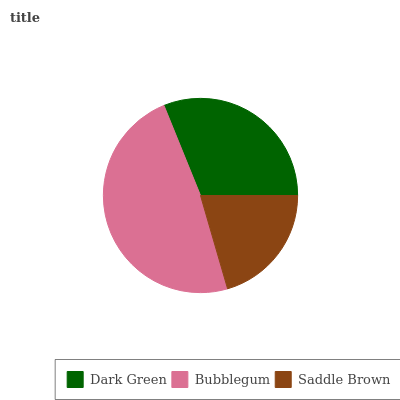
| Dark Green | Bubblegum | Saddle Brown |
 | --- | --- | --- |
 | 31.2% | 48.3% | 20.5% |